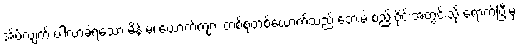
အိပ်လျက် ပါလာခဲ့ရသော မိန်းမ၊ ယောက်ကျား တစ်စုံတစ်ယောက်သည် ဘေးမဲ့ စည်းဝိုင်းအတွင်းသို့ ရောက်ပြီးမှ